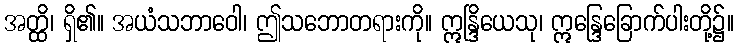
အတ္ထိ၊ ရှိ၏။ အယံသဘာဝေါ၊ ဤသဘောတရားကို။ ဣန္ဒြိယေသု၊ ဣန္ဒြေခြောက်ပါးတို့၌။